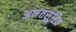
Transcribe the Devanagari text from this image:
अनंतसूरिय